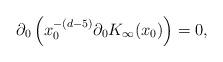
LaTeX: \begin{align*}\partial_0 \left(x_0^{-(d-5)} \partial_0 K_\infty(x_0)\right) = 0,\end{align*}